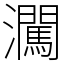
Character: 㶒